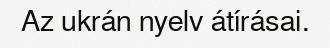
Az ukrán nyelv átírásai.